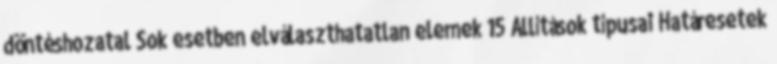
döntéshozatal Sok esetben elválaszthatatlan elemek 15 Állítások típusai Határesetek